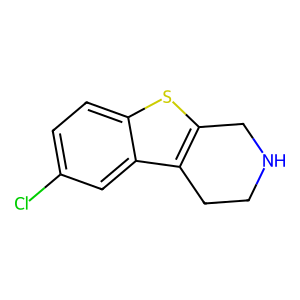
SMILES: Clc1ccc2sc3c(c2c1)CCNC3
Inhibits HIV replication: No